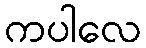
ကပါလေ